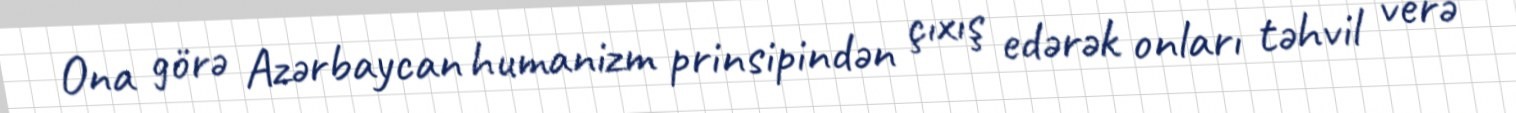
Ona görə Azərbaycan humanizm prinsipindən çıxış edərək onları təhvil verə